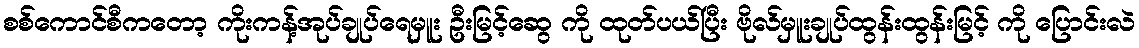
စစ်ကောင်စီကတော့ ကိုးကန့်အုပ်ချုပ်ရေမှူး ဦးမြင့်ဆွေ ကို ထုတ်ပယ်ပြီး ဗိုလ်မှူးချုပ်ထွန်းထွန်းမြင့် ကို ပြောင်းလဲ